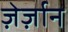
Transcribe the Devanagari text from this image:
ज़ेर्ज़ान